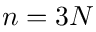
n = 3 N